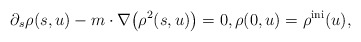
\begin{align*}\partial_s \rho(s,u) - m \cdot \nabla\big(\rho^2(s,u)\big) = 0, \rho(0,u)=\rho^{\rm ini}(u),\end{align*}